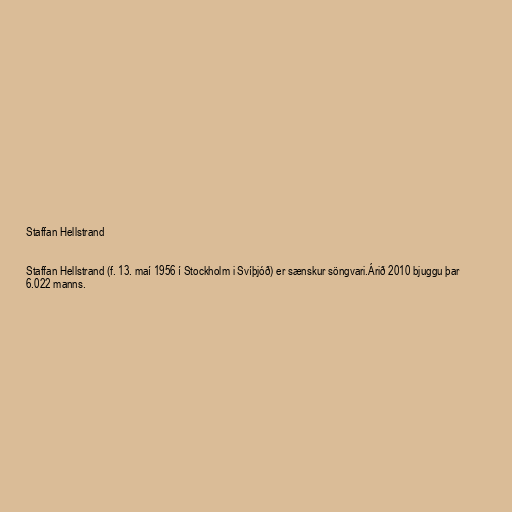
Staffan Hellstrand

Staffan Hellstrand (f. 13. maí 1956 í Stockholm i Svíþjóð) er sænskur söngvari.Árið 2010 bjuggu þar
6.022 manns.